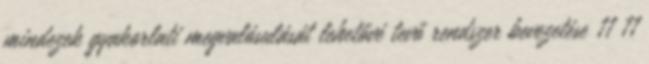
mindezek gyakorlati megvalósulását lehetővé tevő rendszer bevezetése 11 11